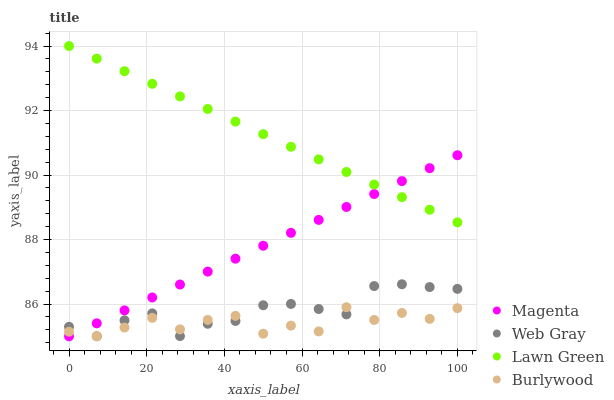
| xaxis_label | Magenta | Web Gray | Lawn Green | Burlywood |
 | --- | --- | --- | --- | --- |
 | 0 | 85 | 85.3 | 94 | 85.1 |
 | 7.14 | 85.4 | 85 | 93.6 | 85 |
 | 14.3 | 85.8 | 85.5 | 93.2 | 85.3 |
 | 21.4 | 86.2 | 85.7 | 92.8 | 85.6 |
 | 28.6 | 86.6 | 85 | 92.4 | 85.2 |
 | 35.7 | 87 | 85.4 | 92 | 85.5 |
 | 42.9 | 87.4 | 85.5 | 91.7 | 85.6 |
 | 50 | 87.8 | 86 | 91.3 | 85.1 |
 | 57.1 | 88.2 | 86 | 90.9 | 85.3 |
 | 64.3 | 88.6 | 85.8 | 90.5 | 85.2 |
 | 71.4 | 89 | 85.7 | 90.1 | 85.9 |
 | 78.6 | 89.4 | 86.6 | 89.7 | 85.5 |
 | 85.7 | 89.8 | 86.6 | 89.3 | 85.7 |
 | 92.9 | 90.2 | 86.5 | 88.9 | 85.5 |
 | 100 | 90.6 | 86.5 | 88.5 | 85.9 |